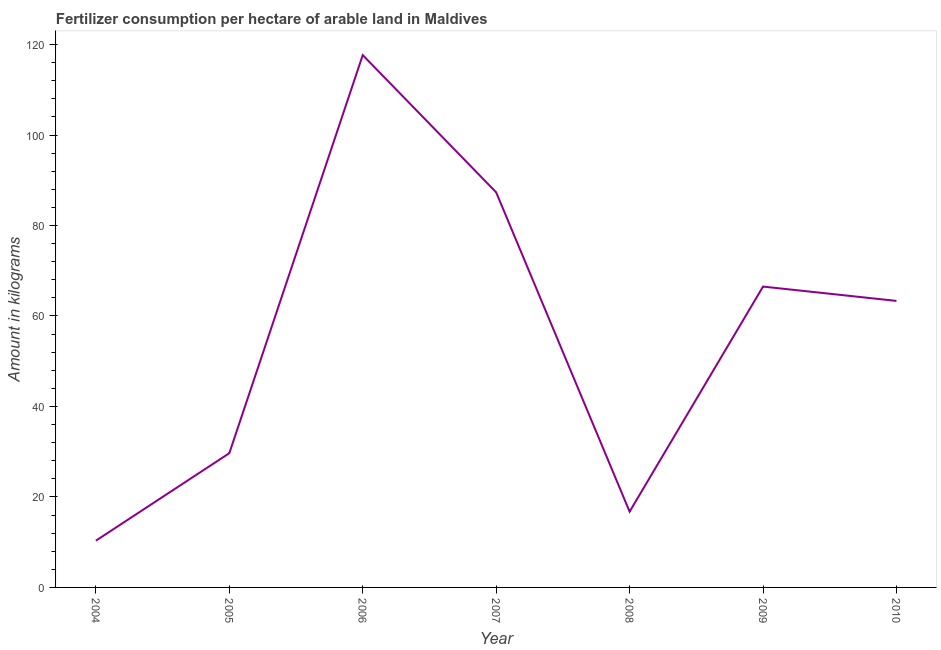
| Year | Fertilizer consumption |
 | --- | --- |
 | 2004 | 10.3 |
 | 2005 | 29.7 |
 | 2006 | 118 |
 | 2007 | 87.3 |
 | 2008 | 16.8 |
 | 2009 | 66.5 |
 | 2010 | 63.3 |